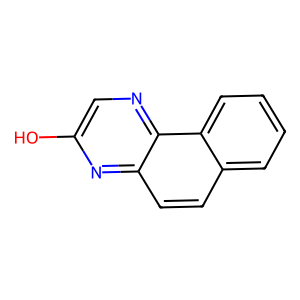
SMILES: Oc1cnc2c(ccc3ccccc32)n1
Inhibits HIV replication: No